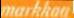
markkaa